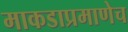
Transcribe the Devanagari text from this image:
माकडाप्रमाणेच